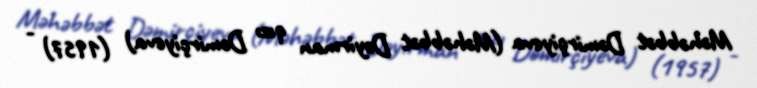
Məhəbbət Dəmirçiyeva (Məhəbbət Dəyirman qızı Dəmirçiyeva) (1957) -